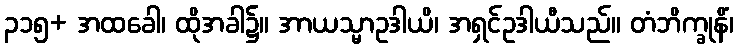
၃၁၅+ အထခေါ၊ ထိုအခါ၌။ အာယသ္မာဥဒါယိ၊ အရှင်ဥဒါယီသည်။ တံဘိက္ခုနိံ၊